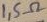
Text: 1,5Ω